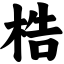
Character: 梏